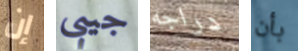
إن جيبى دراجه بأن